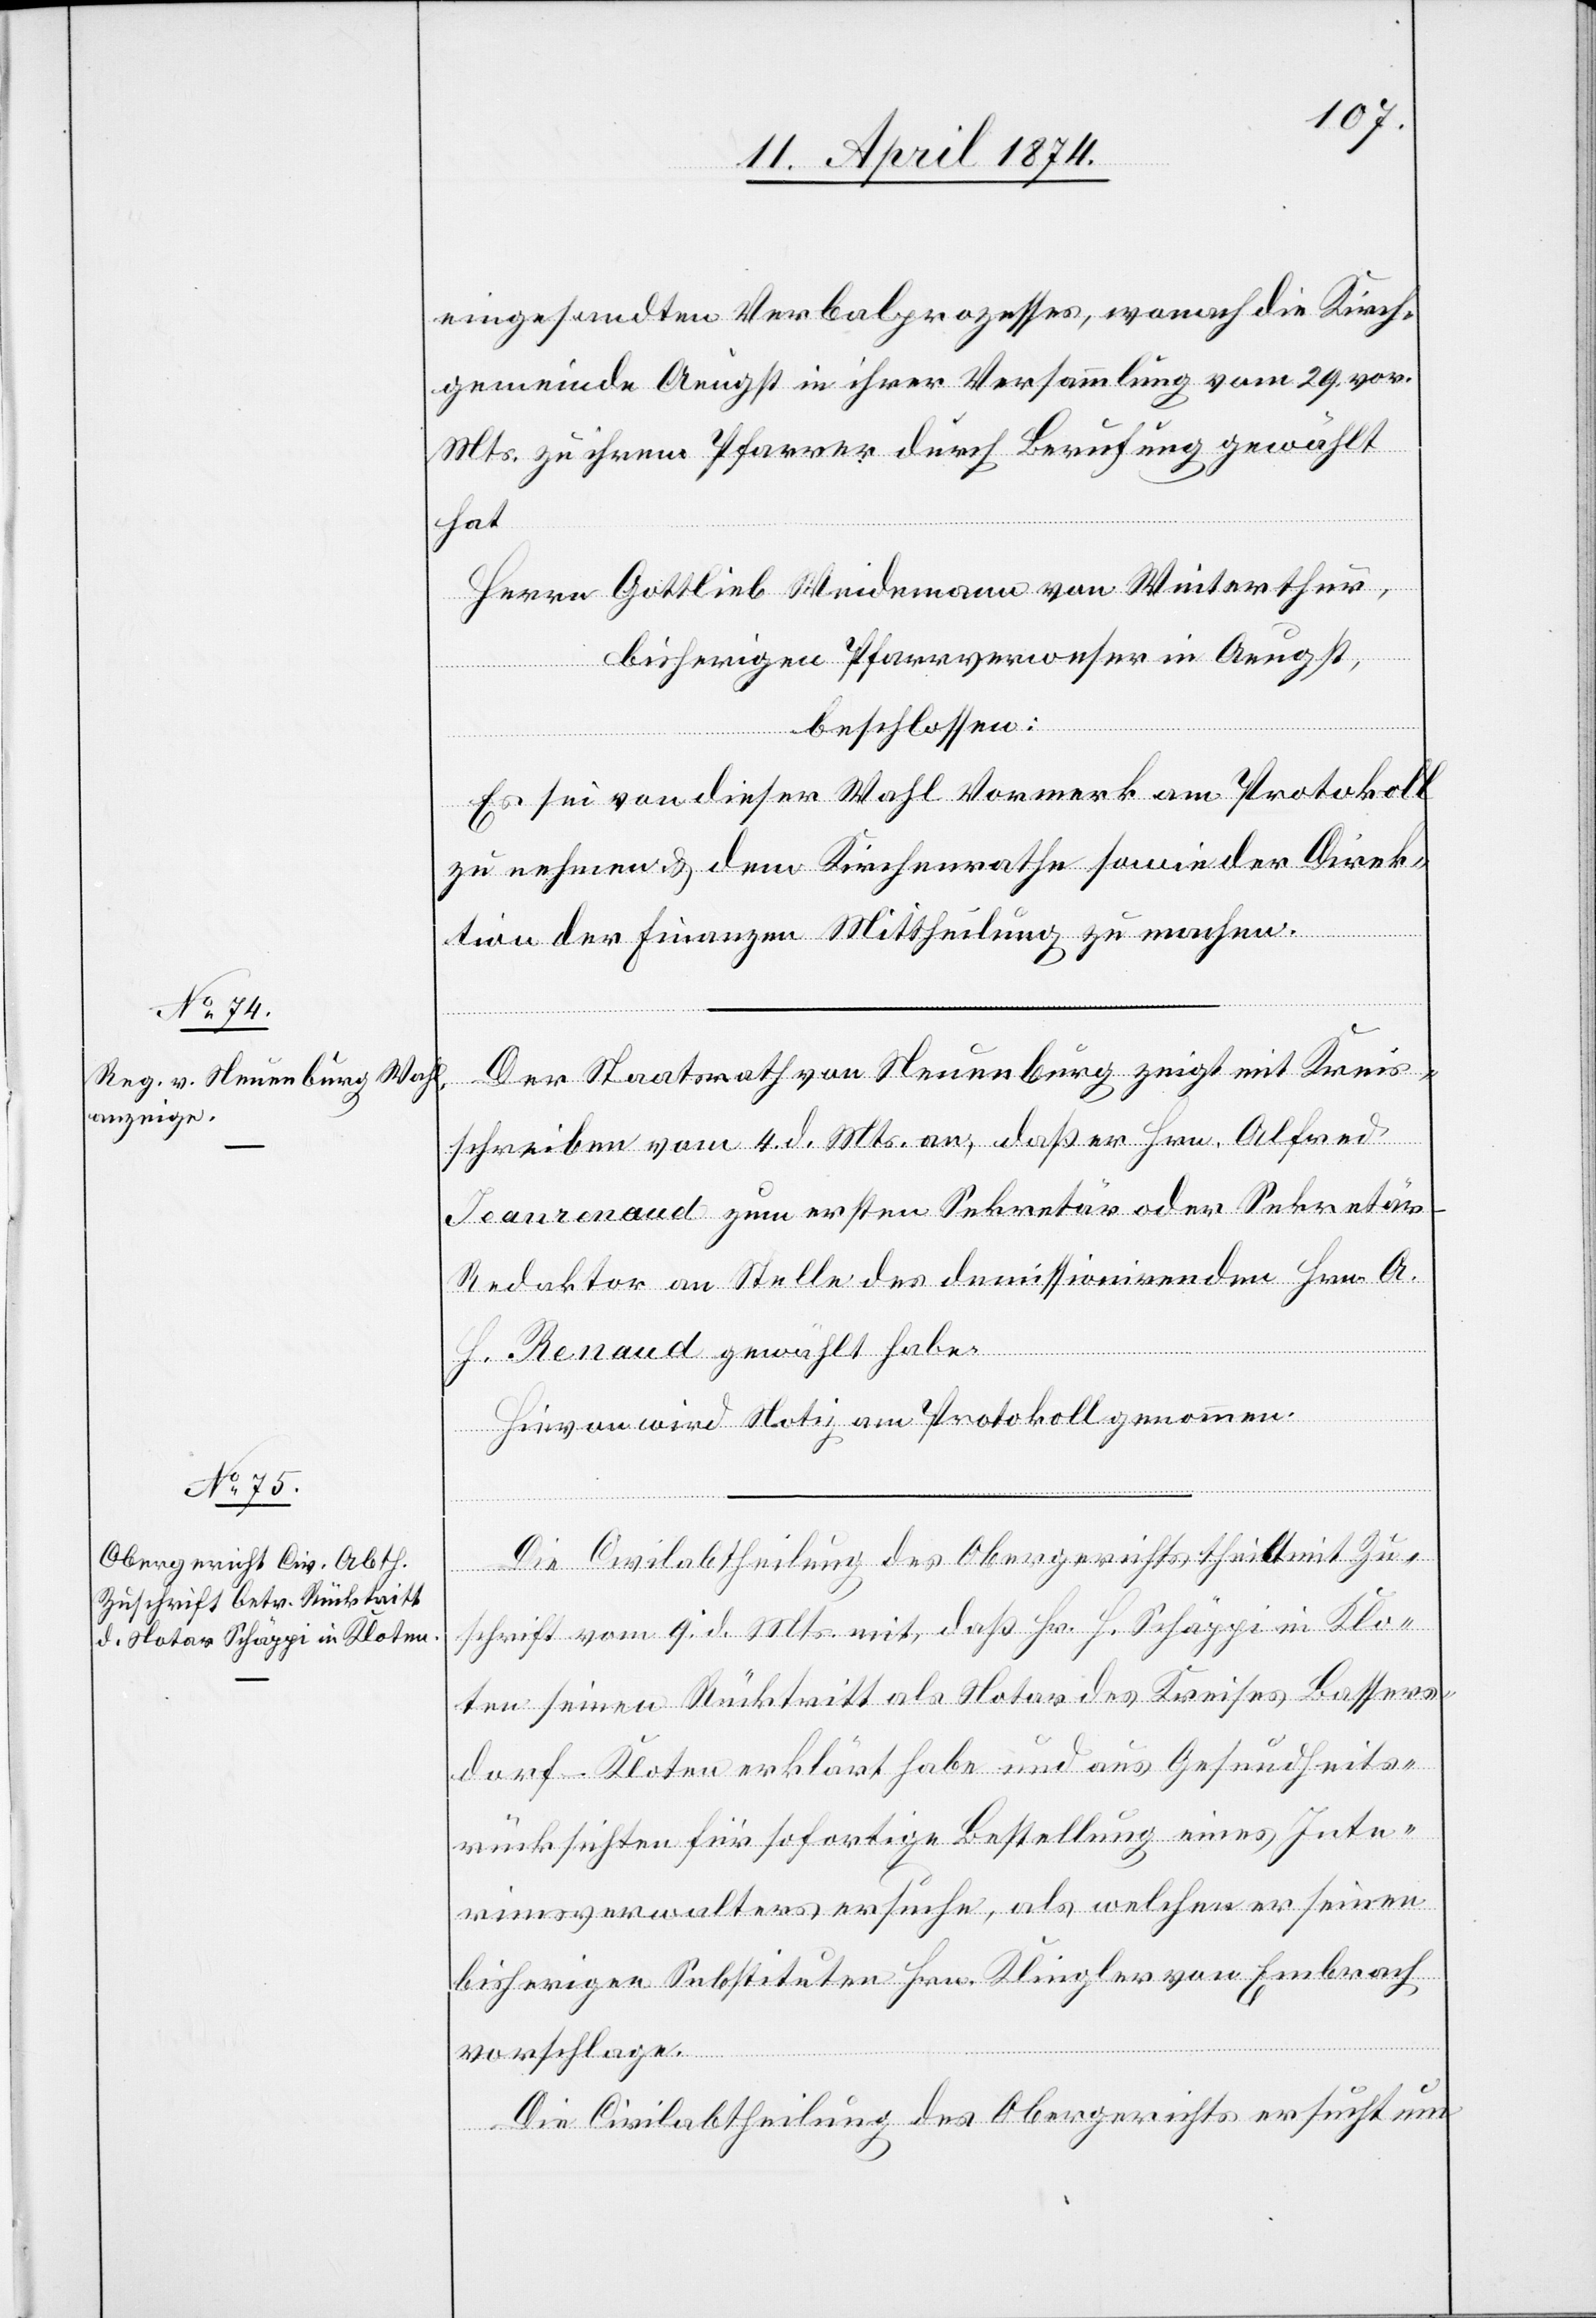
eingesandten Verbalprozesses, wonach die Kirch¬
gemeinde Aeugst in ihrer Versammlung vom 29. vor.
Mts. zu ihrem Pfarrer durch Berufung gewählt
hat
Herrn Gottlieb Weidemann von Winterthur,
bisheriger Pfarrverweser in Aeugst,
beschlossen:
Es sei von dieser Wahl Vormerk am Protokoll
zu nehmen u. dem Kirchenrathe sowie der Direk¬
tion der Finanzen Mittheilung zu machen.
Der Staatsrath von Neuenburg zeigt mit Kreis¬
schreiben vom 4. d. Mts. an, daß er Hrn. Alfred
Jeanrenaud zum ersten Sekretär oder Sekretär¬
s-Redaktor an Stelle des demissionirenden Hrn. A.
H. Renaud gewählt habe.
Hievon wird Notiz am Protokoll genommen.
Die Civilabtheilung des Obergerichts theilt mit Zu¬
schrift vom 9. d. Mts. mit, daß Hr. H. Schäppi in Klo¬
ten seinen Rücktritt als Notar des Kreises Bassers¬
dorf–Kloten erklärt habe und aus Gesundheits¬
rücksichten für sofortige Bestellung eines Inte¬
rimsverwalters ersuche, als welchen er seinen
bisherigen Substituten Hrn. Klingler von Embrach
vorschlage.
Die Civilabtheilung des Obergerichts ersucht um